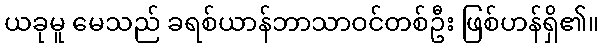
ယခုမူ မေသည် ခရစ်ယာန်ဘာသာဝင်တစ်ဦး ဖြစ်ဟန်ရှိ၏။